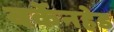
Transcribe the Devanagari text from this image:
बर्केनहेड